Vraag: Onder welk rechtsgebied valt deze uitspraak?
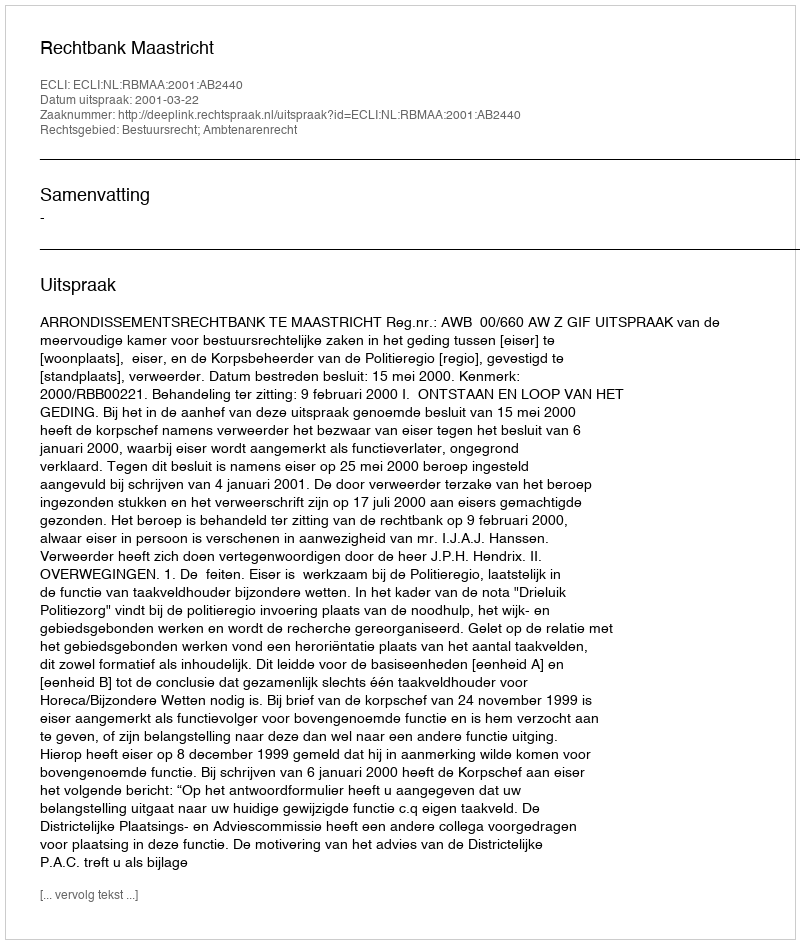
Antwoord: Bestuursrecht; Ambtenarenrecht